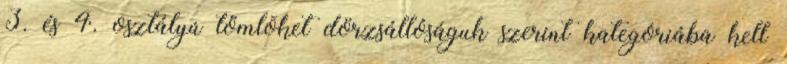
3. és 4. osztályú tömlõket dörzsállóságuk szerint kategóriába kell